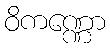
ဝိကဏ္ဏော